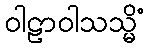
ဝါဠာဝါသသ္မိံ